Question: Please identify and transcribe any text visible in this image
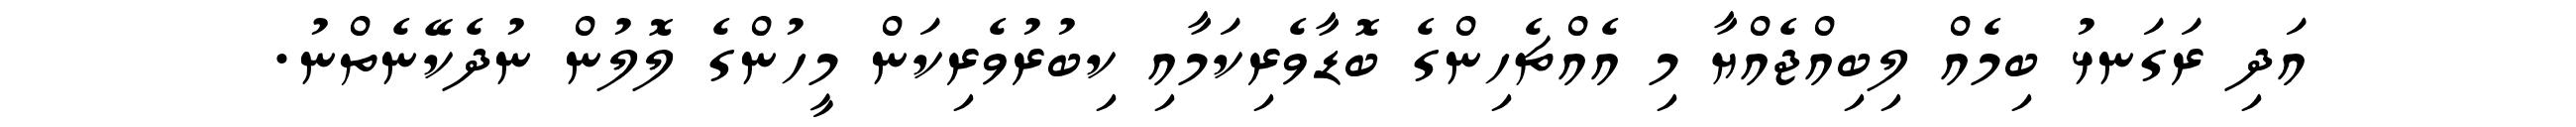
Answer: އަދި ރަގަނޅު ބިމެއް ލިބިއްޖެއްޔާ މި އެއްޗެހިންގެ ބޮޑާވެރިކަމާއި ކިބުރުވެރިކަން މީހުންގެ ލޮލުން ނުދެކޭނެތްނު.